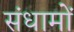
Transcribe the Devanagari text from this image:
संधामों